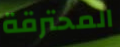
المحترقة